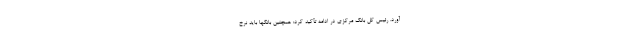
آورد. رئیس کل بانک مرکزی در ادامه تأکید کرد: همچنین بانکها باید نرخ